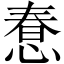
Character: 惷